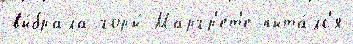
вы́брала горы́ Маргр'ет'е пыта́лс'я